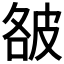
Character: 𰤥